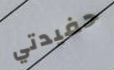
حفيدتي